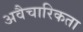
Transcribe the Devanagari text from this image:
अवैचारिकता